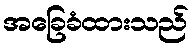
အခြေခံထားသည်